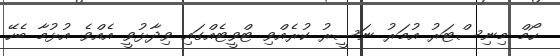
ހޯމް މިނިސްޓަރު އުމަރު ނަސީރު ކުރެއްވި ޓްވީޓެއްގައި ވިދާޅުވީ އެއްވެ އުޅުމާ ބެހޭ